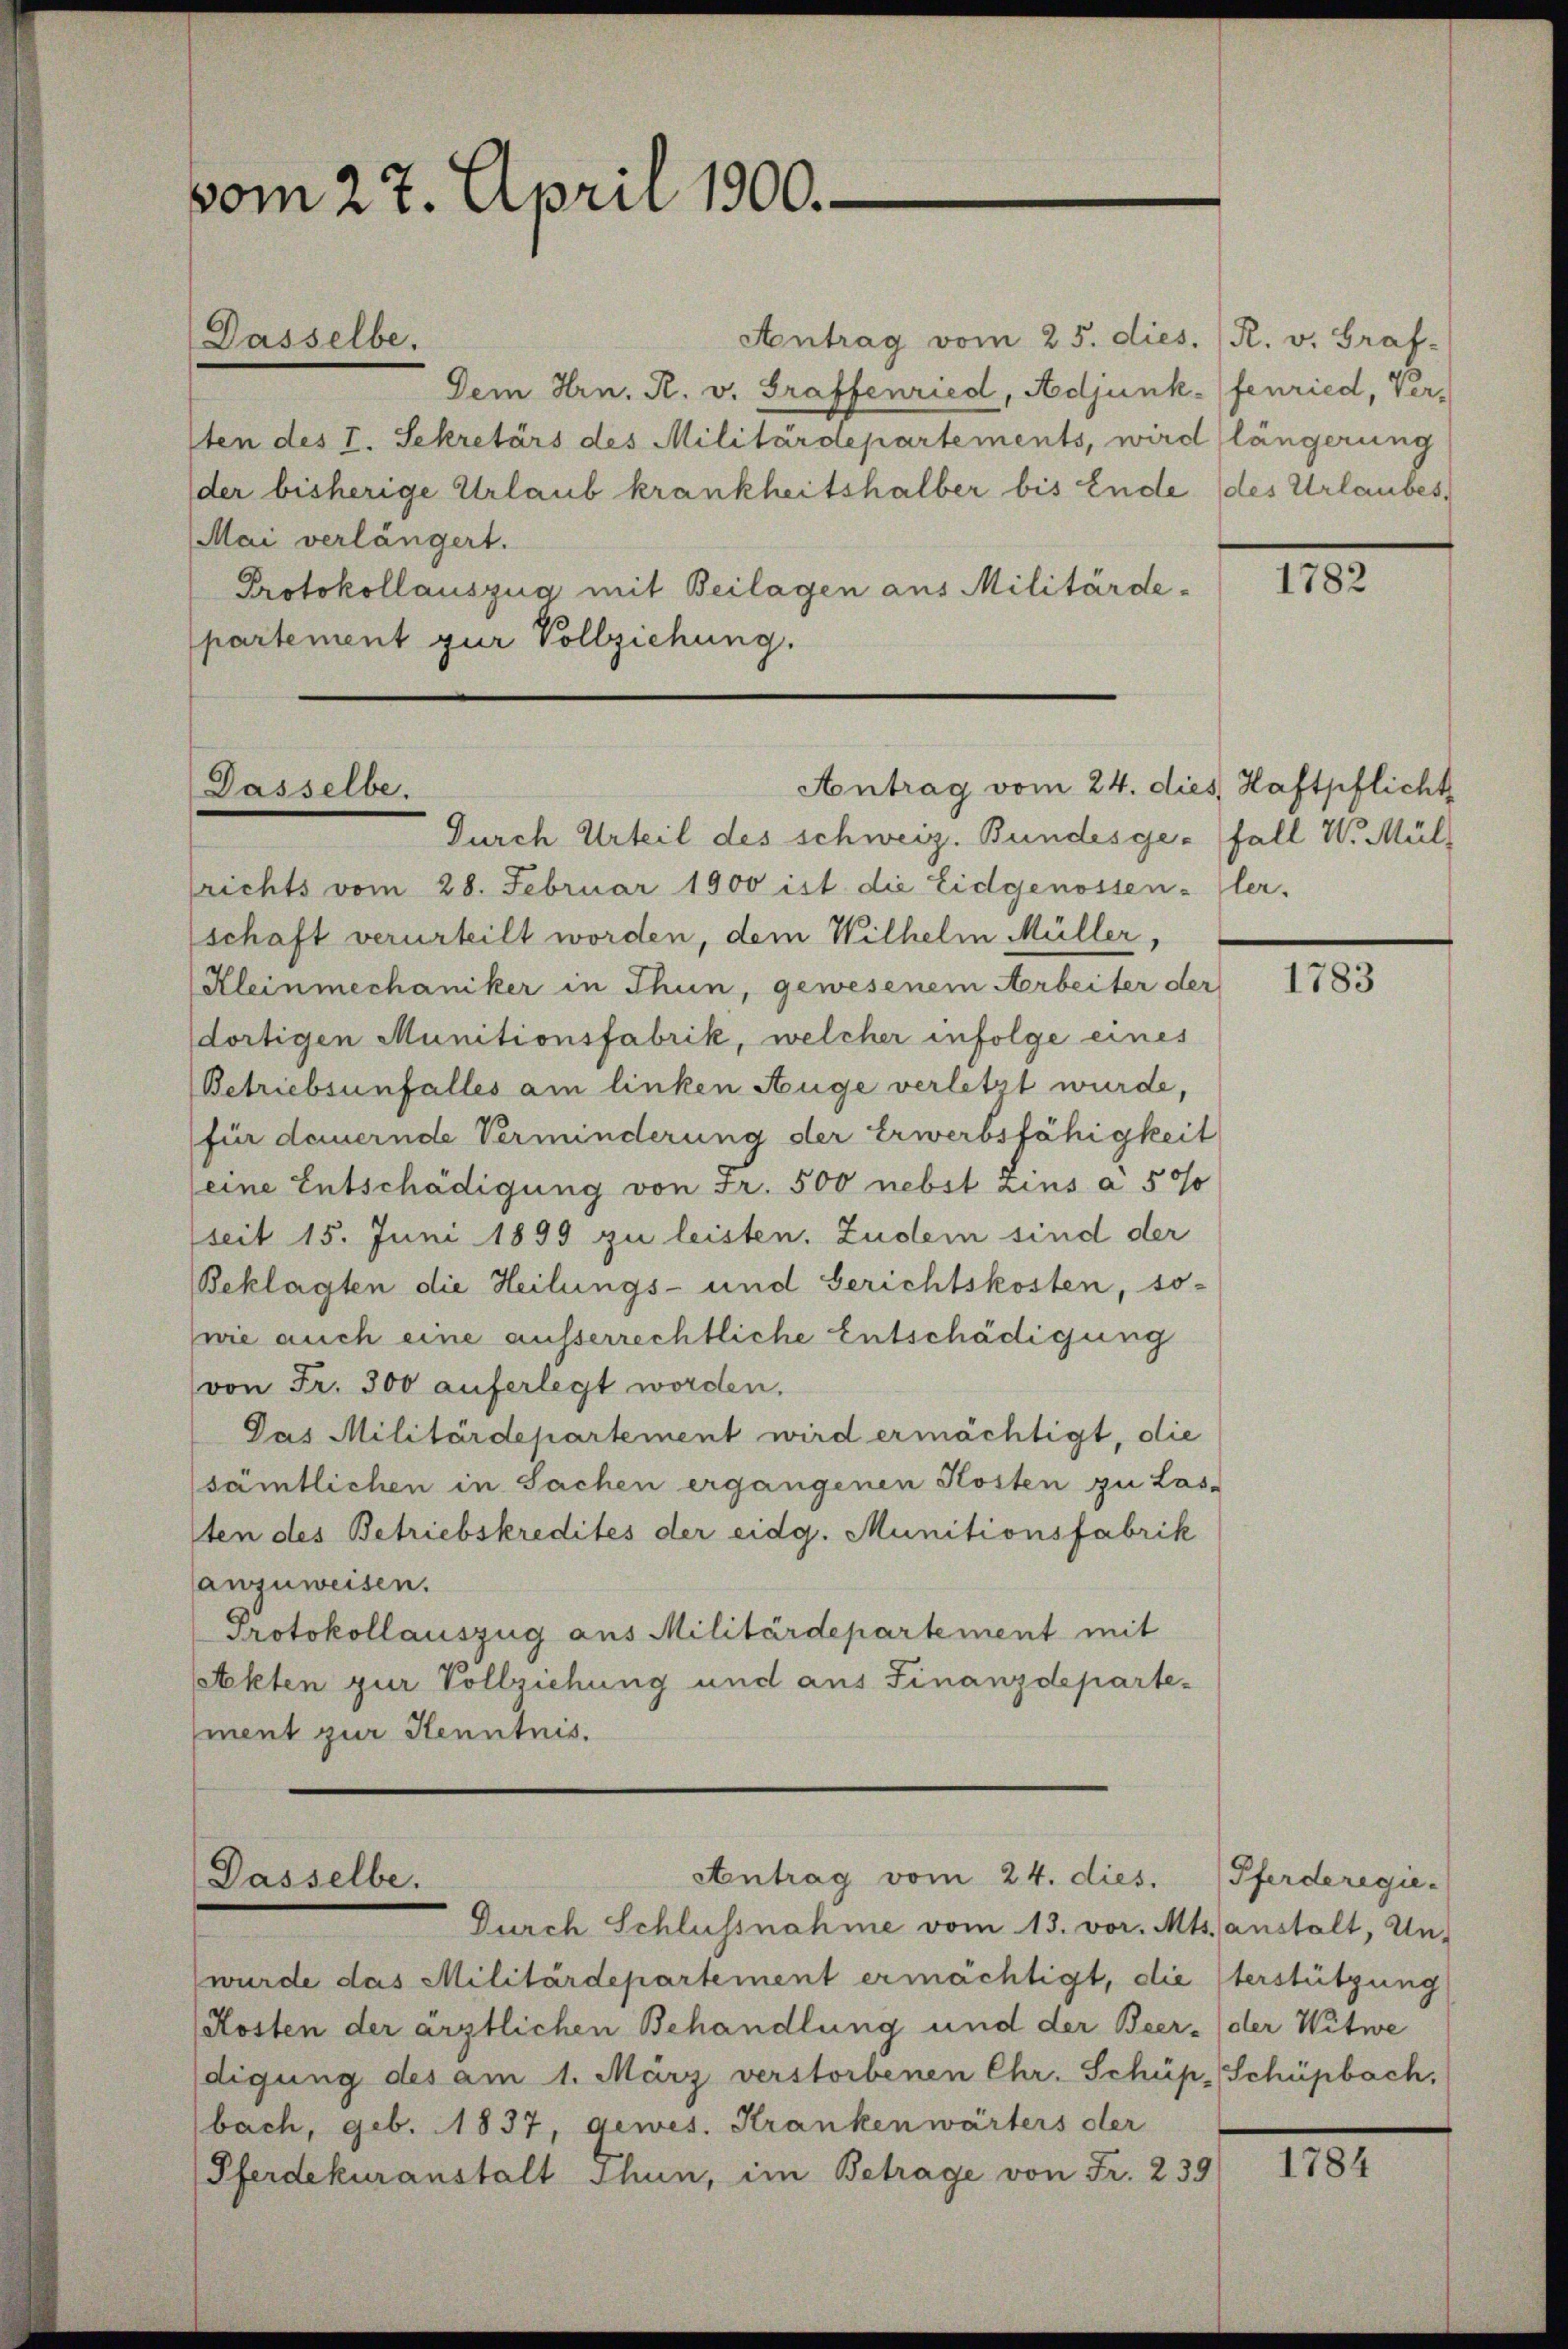
vom 27. April 1900.

Antrag vom 25. dies. (R. v. Graf-
Dem Hrn. R. v. Graffenried, Adjunkfenried, Ver-
sten des I. Sekretärs des Militärdepartements, wird längerung
der bisherige Urlaub krankheitshalber bis Ende (des Urlaubes,
Mai verlängert.
Protokollauszug mit Beilagen aus Militärdepartement zur Vollziehung.

Dasselbe.

Dasselbe.

Durch Urteil des schweiz. Bundesge- Fall W. Mülfrichts vom 28. Februar 1900 ist die Eidgenossen-ler-
schaft verurteilt worden, dem Wilhelm Müller,
Kleinmechaniker in Thun, gewesenem Arbeiter der
dortigen Munitionsfabrik, welcher infolge eines
Betriebsunfalles am linken Auge verletzt wurde,
für dauernde Verminderung der Erwerbsfähigkeit
seine Entschädigung von Fr. 500 nebst Zins à 5 0/
seit 15. Juni 1899 zu leisten. Zudem sind der
Beklagten die Heilungs- und Gerichtskosten, so-
wie auch eine ausserrechtliche Entschädigung
von Fr. 300 auferlegt worden.
Das Militärdepartement wird ermächtigt, die
sämtlichen in Sachen ergangenen Kosten zu Las-
ten des Betriebskredites der eidg. Munitionsfabrik
anzuweisen.
Protokollauszug aus Militärdepartement mit
Stkten zur Vollziehung und aus Finanzdepartement zur Kenntnis.

Dasselbe.

Antrag vom 24. dies Haftpflicht

Antrag vom 24. dies. (Pferderegie-

Durch Schlussnahme vom 13. vor. Mts. anstalt, Unwurde das Militärdepartement ermächtigt, die sterstützung
Kosten der ärztlichen Behandlung und der Beer- der Witwe
digung des am 1. März verstorbenen Chr. Schüpp Schüpbach,
bach, geb. 1837, gewes. Krankenwärters der
Pferdekuranstalt Thun, im Betrage von Fr. 239

1102.

1783

1784